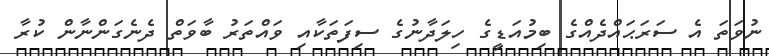
ނުވަތަ އެ ސަރަޙައްދެއްގެ ބިމުއަޑީގެ ހިލަދާނުގެ ސިފަތަކާއި ވައްތަރު ބާވަތް ދެނެގަންނާން ކުރާ